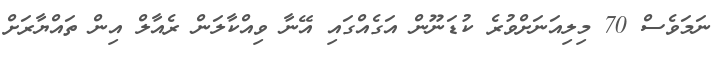
ނަމަވެސް 70 މިލިއަނަށްވުރެ ކުޑަނޫން އަގެއްގައި އޭނާ ވިއްކާލަން ރެއާލް އިން ތައްޔާރަށް